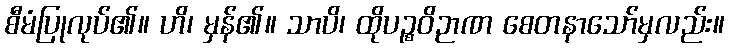
စီမံပြုလုပ်၏။ ဟိ၊ မှန်၏။ သာပိ၊ ထိုပဉ္စဝိဉာဏ စေတနာသော်မှလည်း။